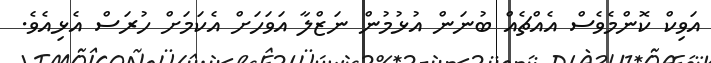
އަވިކް ކޮންމެވެސް އެއްޗެއް ބުނަން އުޅުމުން ނަޒްލާ އަވަހަށް އެކަމަށް ހުރަސް އެޅިއެވެ.